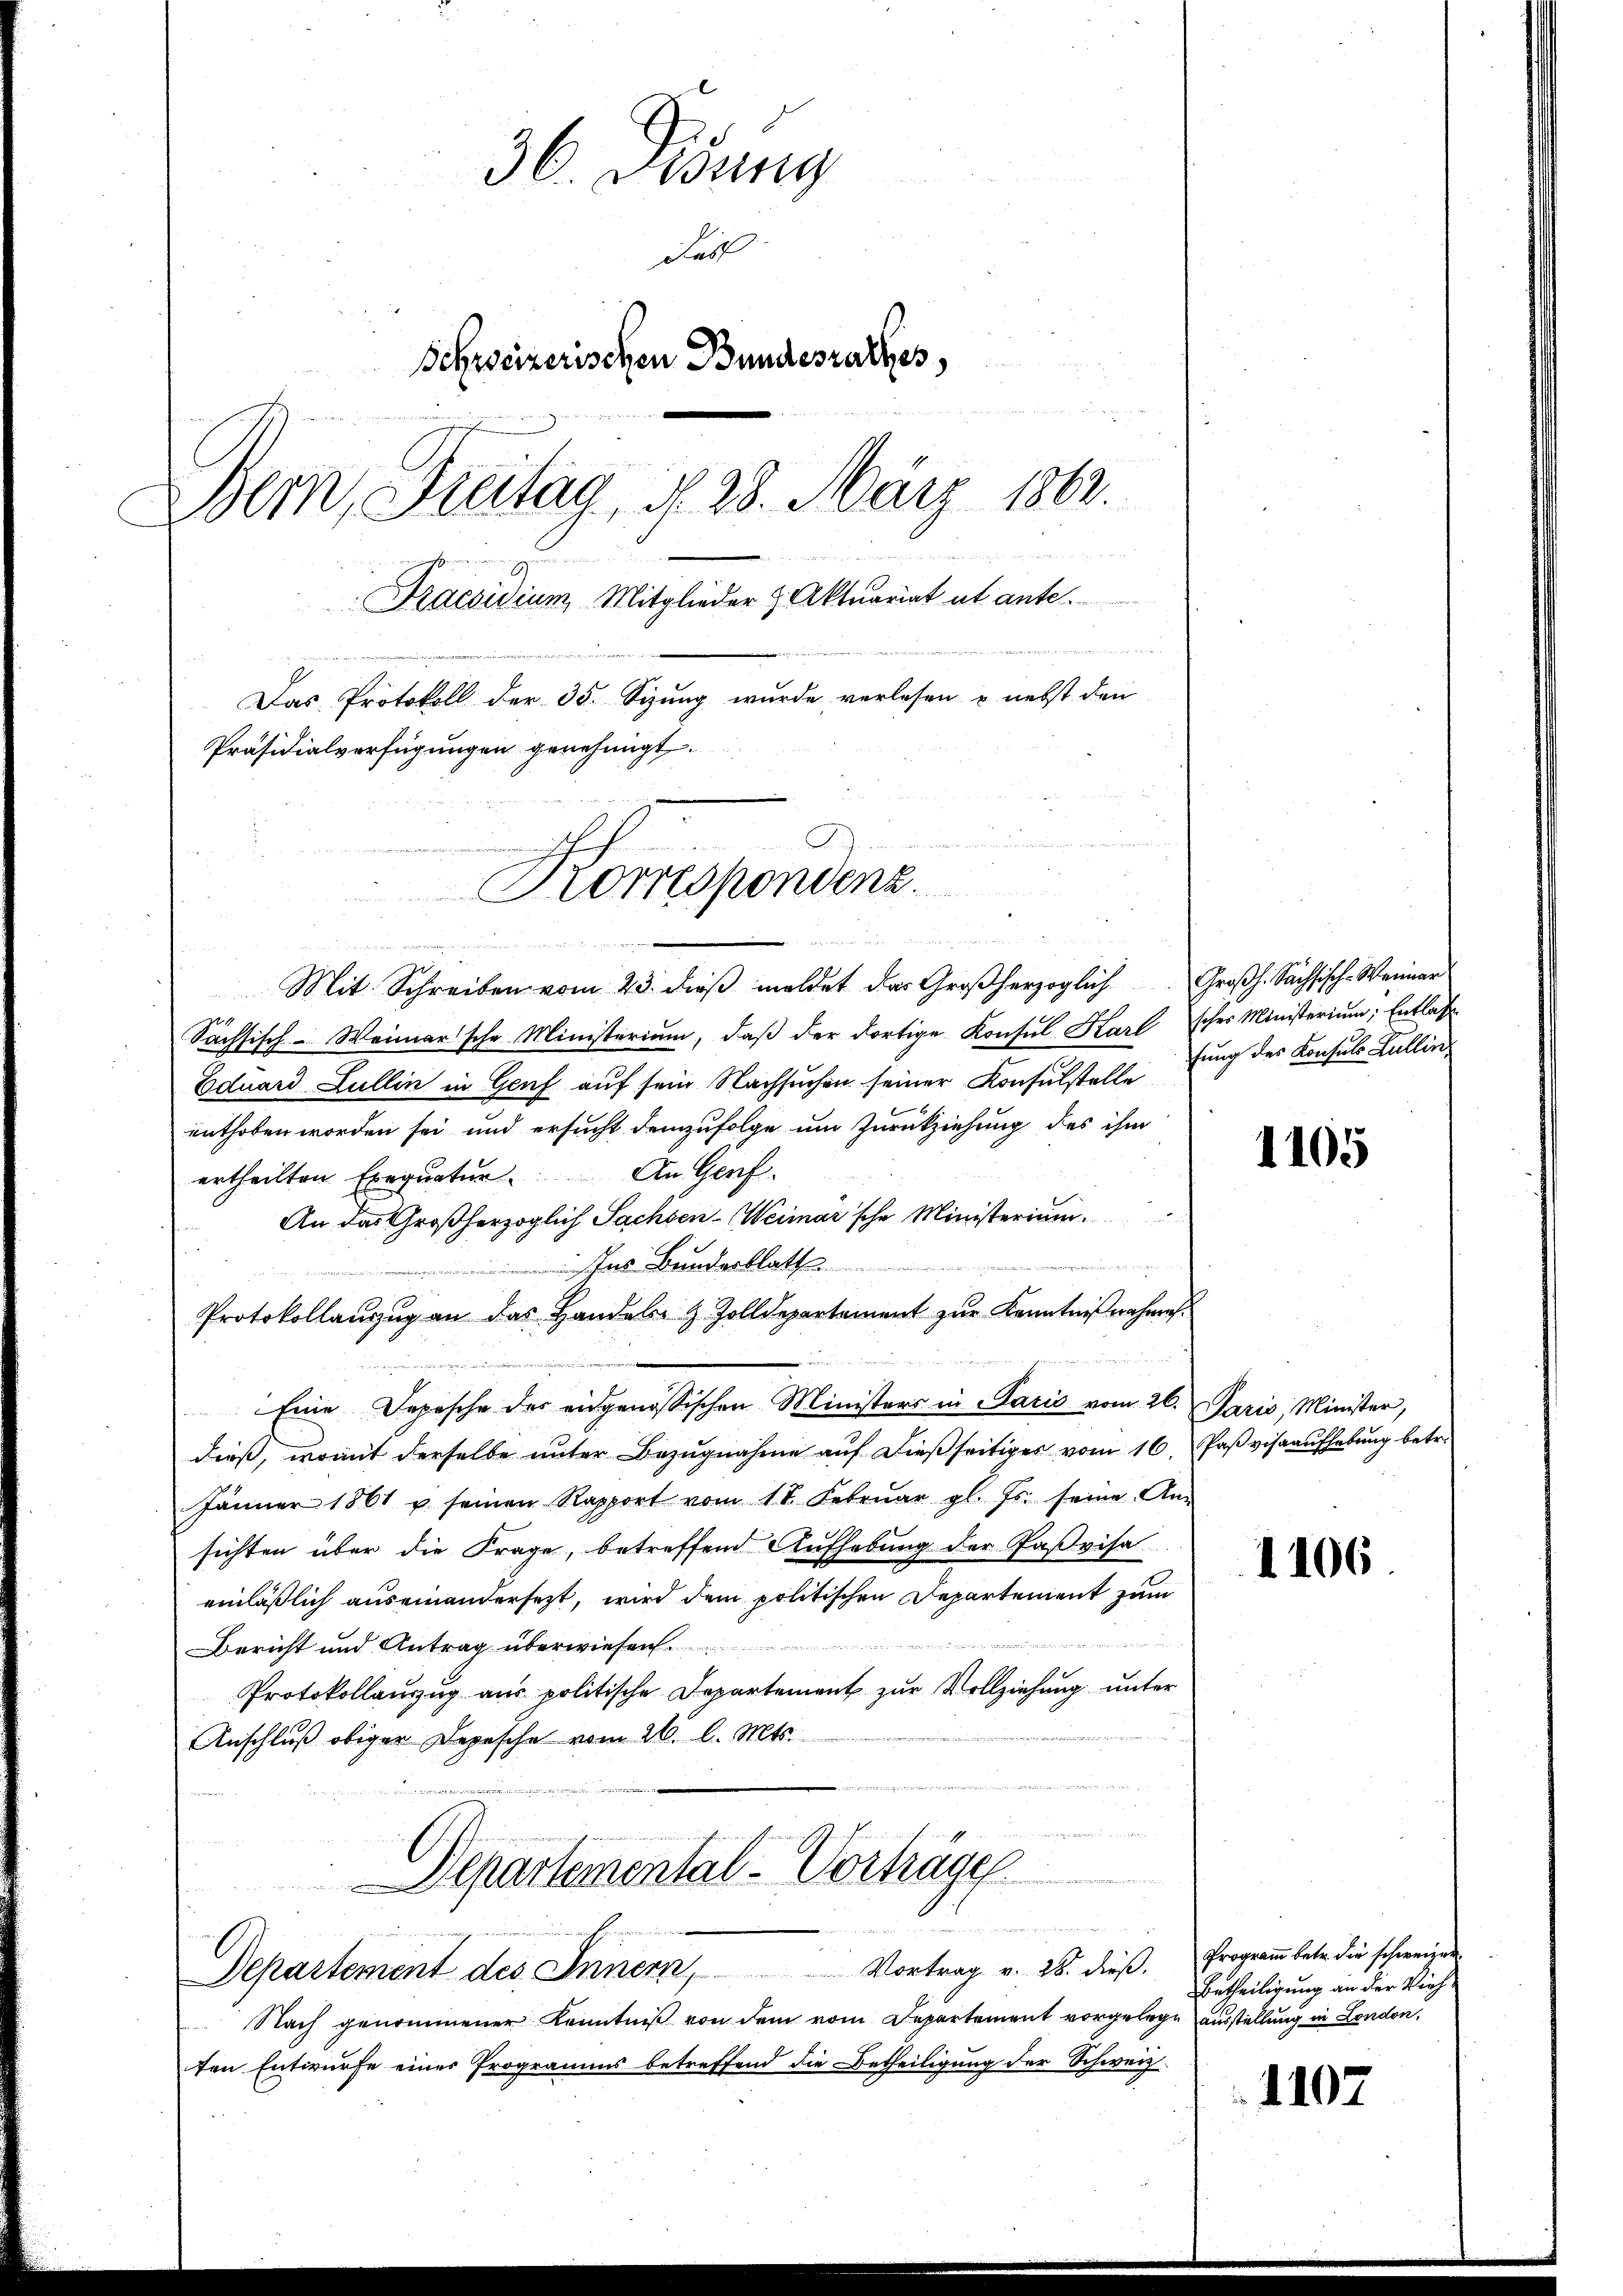
36. Didung
Fall
Schweizerischen Bundesrathes,
Bern, Freitag, d. 28. März 1862.
Praesidium Mitglieder Aktuariat ut ante.
Das Protokoll der 35. Sizung wurde verlesen u. nebst den
Präsidialverfügungen genehmigt.

vndern nicht werden sie in den veraient
Mit Schreiben vom 23. dieß meldet das Großherzoglich Großh. Sachsisch-Weiner
Sächsisch-Weimarsche Ministerium, daß der dortige Konsul Harl scher Ministerium, Entlaßen
Eduard Lullin in Genf auf sein Nachsuchen seiner Konsulstelle
enthoben worden sei und ersucht demzufolge um Zurückziehung des ihm
ertheilten Exequatur. An Genf.
An das Großherzoglich Sachsen-Weimarsche Ministerium
Ins Bunderblatt
Protokollauszug an das Handels- & Zolldepartement zur Kenntnißnahme
Eine Depesche des eidgenössischen Ministers in Paris vom 26. Paris, Minister,
dieß, womit derselbe unter Bezugnahme auf dießseitiges vom 16. Paß visaaufhebung betr.
Jänner 1861 u seinen Rapport vom 17. Febrŭar gl. Js. seine An-
sichten über die Frage, betreffend Aufhebung der Paßvisa
einläßlich auseinandersetzt, wird dem politischen Departement zum
.
e
Bericht und Antrag überwiesen.
Protokollauszug aus politische Departement zur Vollziehung unter
Anschluß obiger Depesche vom 26. l. Mts.
Departemental-Vorträge
Departement des Innern, Vortrag v. 28. dieß. Program betr. die schweizen
Nach genommener Kenntniß von dem vom Departement vorgelege ausstellung in London,
ten Entwurfe einer Programms betreffend die Betheiligung der Schweiz.

Korrespondenz

fung des Konsuls Lullin,

1105

1106

Betheiligung an der Vieh¬

1107